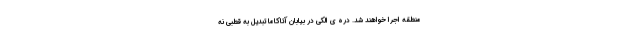
منطقه اجرا خواهند شد. دره ی الکی در بیابان آتاکاما تبدیل به قطبی نه